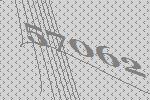
57062